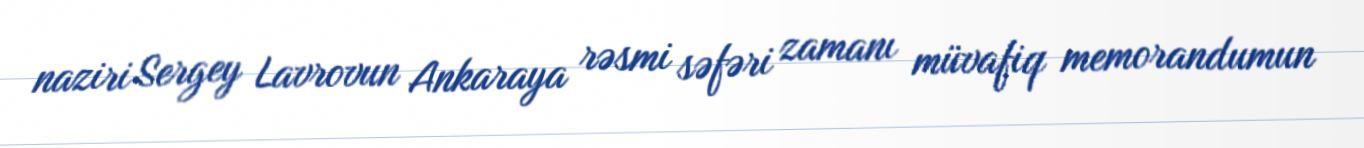
naziri Sergey Lavrovun Ankaraya rəsmi səfəri zamanı müvafiq memorandumun